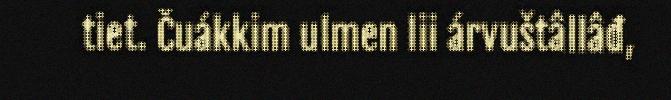
tiet. Čuákkim ulmen lii árvuštâllâđ,